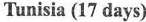
Tunisia (17 days)